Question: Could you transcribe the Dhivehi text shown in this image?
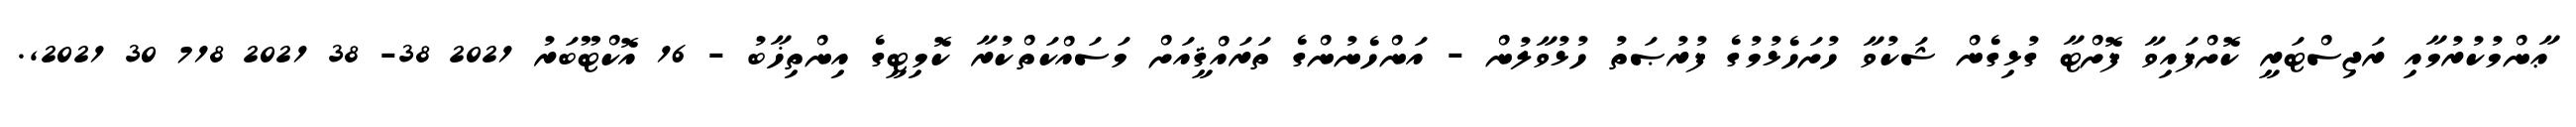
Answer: ޢާންމުކުރުމާއި ރަޖިސްޓަރީ ކޮށްފައިވާ ފޮށްޓާ ގުޅިގެން ޝަކުވާ ހުށަހެޅުމުގެ ފުރުޞަތު ހުޅުވާލުން - އަންހެނުންގެ ތަރައްޤީއަށް މަސައްކަތްކުރާ ކޮމިޓީގެ އިންތިޚާބު - 16 އޮކްޓޫބަރު 2021 38- 38 2021 718 30 2021,.